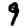
Digit: 9